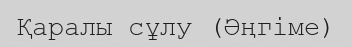
Қаралы сұлу (Әңгіме)